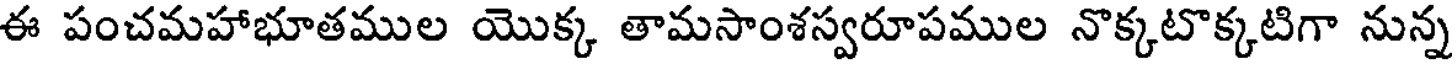
ఈ పంచమహాభూతముల యొక్క తామసాంశస్వరూపముల నొక్కటొక్కటిగా నున్న